Annual report of the Civil Veterinary Department, Bengal, for the year 1897-98 - 1897-1898
Year: 1897
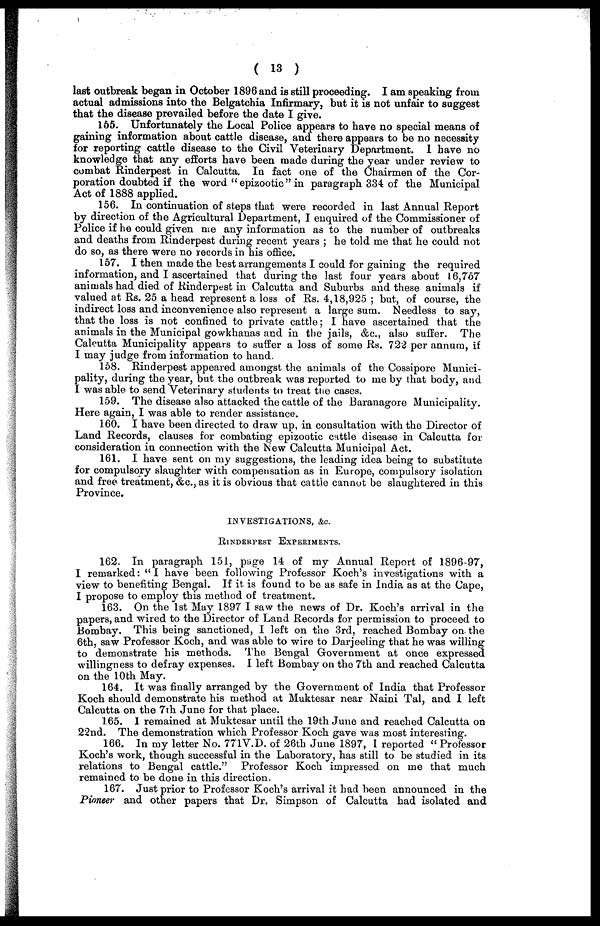
( 13 )
last outbreak began in October 1896 and is still proceeding. I am speaking from
actual admissions into the Belgatchia Infirmary, but it is not unfair to suggest
that the disease prevailed before the date I give.
165. Unfortunately the Local Police appears to have no special means of
gaining information about cattle disease, and there appears to be no necessity
for reporting cattle disease to the Civil Veterinary Department. 1 have no
knowledge that any efforts have been made during the year under review to
combat Rinderpest in Calcutta. In fact one of the Chairmen of the Cor-
poration doubted if the word " epizootic" in paragraph 334 of the Municipal
Act of 1888 applied.
156. In continuation of steps that were recorded in last Annual Report
by direction of the Agricultural Department, I enquired of the Commissioner of
Police if he could given me any information as to the number of outbreaks
and deaths from Rinderpest during recent years ; he told me that he could not
do so, as there were no records in his office.
157. I then made the best arrangements I could for gaining the required
information, and I ascertained that during the last four years about 16, 767
animals had died of Rinderpest in Calcutta and Suburbs and these animals if
valued at Rs. 25 a head represent a loss of Rs. 4, 18, 925 ; but, of course, the
indirect loss and inconvenience also represent a large sum. Needless to say,
that the loss is not confined to private cattle; I have ascertained that the
animals in the Municipal gowkhanas and in the jails, &c., also suffer. The
Calcutta Municipality appears to suffer a loss of some Rs. 722 per annum, if
I may judge from information to hand.
158. Rinderpest appeared amongst the animals of the Cossipore Munici-
pality, during the year, but the outbreak was reported to me by that body, and
I was able to send Veterinary students to treat the cases.
159. The disease also attacked the cattle of the Baranagore Municipality.
Here again, I was able to render assistance.
160. I have been directed to draw up, in consultation with the Director of
Land Records, clauses for combating epizootic cattle disease in Calcutta for
consideration in connection with the New Calcutta Municipal Act.
161. I have sent on my suggestions, the loading idea being to substitute
for compulsory slaughter with compensation as in Europe, compulsory isolation
and free treatment, &c., as it is obvious that cattle cannot be slaughtered in this
Province.
INVESTIGATIONS, &c.
RINDERPEST EXPERIMENTS.
162. In paragraph 151, page 14 of my Annual Report of 1896-97,
I remarked: "I have been following Professor Koch's investigations with a
view to benefiting Bengal. If it is found to be as safe in India as at the Cape,
I propose to employ this method of treatment.
163. On the 1st May 1897 I saw the news of Dr. Koch's arrival in the
papers, and wired to the Director of Land Records for permission to proceed to
Bombay. This being sanctioned, I left on the 3rd, reached Bombay on the
6th, saw Professor Koch, and was able to wire to Darjeeling that he was willing
to demonstrate his methods. The Bengal Government at once expressed
willingness to defray expenses. I left Bombay on the 7th and reached Calcutta
on the 10th May.
164. It was finally arranged by the Government of India that Professor
Koch should demonstrate his method at Muktesar near Naini Tal, and I left
Calcutta on the 7th June for that place.
165. I remained at Muktesar until the 19th June and reached Calcutta on
22nd. The demonstration which Professor Koch gave was most interesting.
166. In my letter No. 771V.D. of 26th June 1897, I reported " Professor
Koch's work, though successful in the Laboratory, has still to be studied in its
relations to Bengal cattle." Professor Koch impressed on me that much
remained to be done in this direction.
167. Just prior to Professor Koch's arrival it had been announced in the
Pioneer and other papers that Dr. Simpson of Calcutta had isolated and